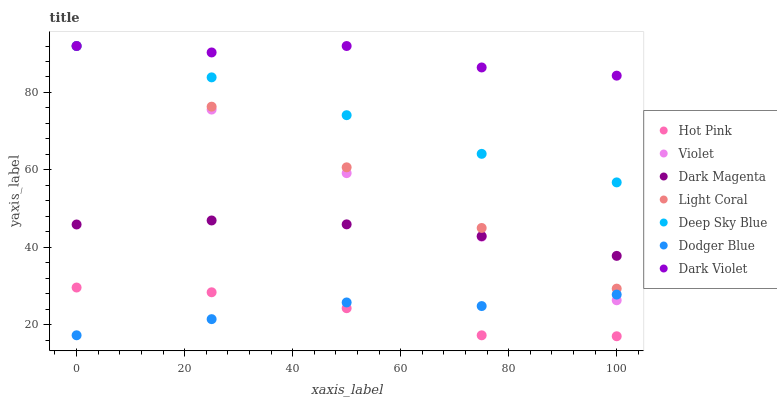
| xaxis_label | Hot Pink | Violet | Dark Magenta | Light Coral | Deep Sky Blue | Dodger Blue | Dark Violet |
 | --- | --- | --- | --- | --- | --- | --- | --- |
 | 0 | 29.6 | 92 | 45.9 | 92 | 92 | 17.2 | 92 |
 | 25 | 28.4 | 75.6 | 46.9 | 76.3 | 83.9 | 21.4 | 90.3 |
 | 50 | 24.2 | 59.1 | 45.9 | 60.7 | 74.1 | 25.7 | 92 |
 | 75 | 17.2 | 42.7 | 42.9 | 45 | 64.1 | 24.8 | 86.5 |
 | 100 | 17 | 26.3 | 37.8 | 29.3 | 56.8 | 27.8 | 84.3 |